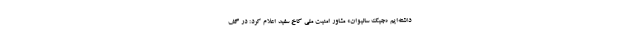
داشته‌ایم «جیک سالیوان» مشاور امنیت ملی کاخ سفید اعلام کرد: در گف